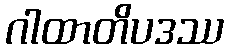
ဂါထာတိပဒဿ